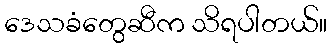
ဒေသခံတွေဆီက သိရပါတယ်။